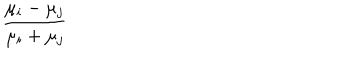
LaTeX: { \frac { \mu _ { i } - \mu _ { j } } { \mu _ { i } + \mu _ { j } } }